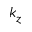
k _ { z }